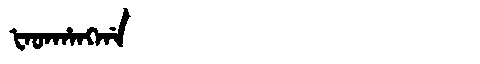
Manchu: ᡶᠠᡨᡥᠠᠩᡤᠠ
Romanization: FATHANGGA